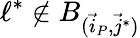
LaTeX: \ell^{*}\notin B_{(\vec{i}_{P},\vec{j}^{*})}